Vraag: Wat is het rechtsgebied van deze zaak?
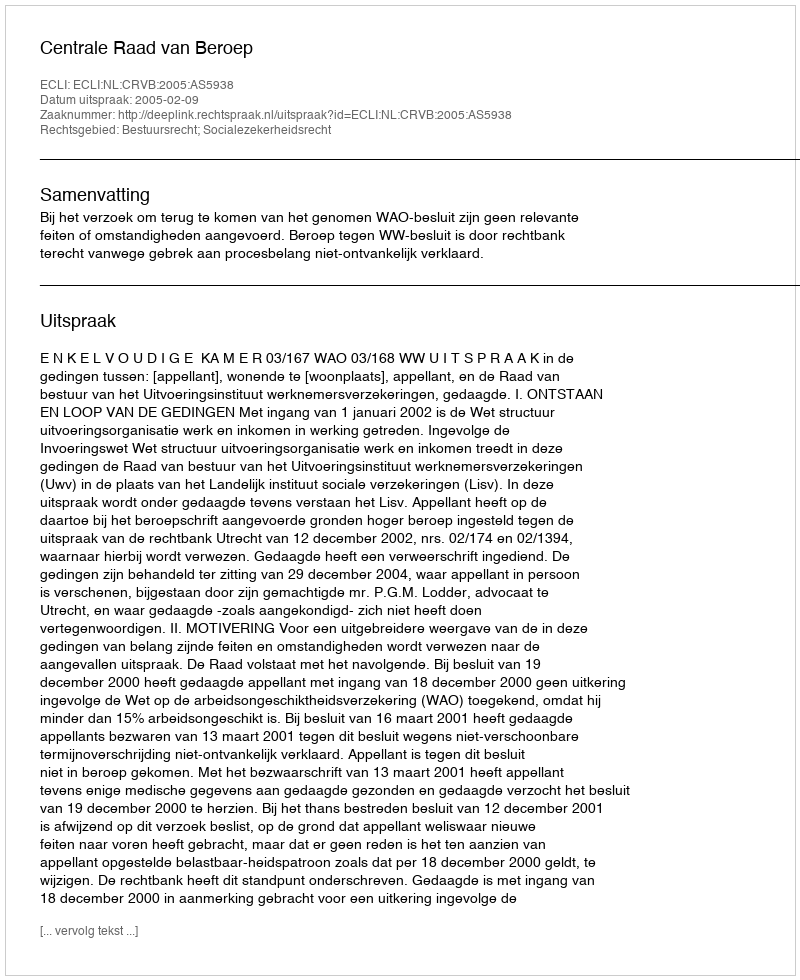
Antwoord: Bestuursrecht; Socialezekerheidsrecht